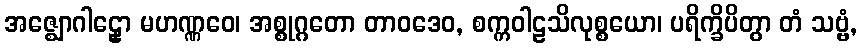
အဇ္ဈောဂါဠှော မဟဏ္ဏဝေ၊ အစ္စုဂ္ဂတော တာဝဒေဝ, စက္ကဝါဠသိလုစ္စယော၊ ပရိက္ခိပိတွာ တံ သဗ္ဗံ,